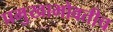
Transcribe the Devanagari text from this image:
प्रमुखाभोवतीच